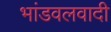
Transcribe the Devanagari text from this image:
भांडवलवादी